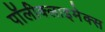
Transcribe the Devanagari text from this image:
पॉलीक्लाइमेक्स